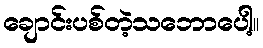
ချောင်းပစ်တဲ့သဘောပေါ့။